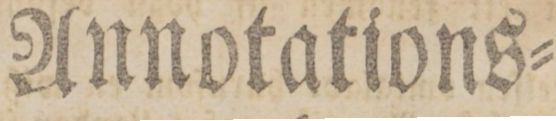
Annotations=